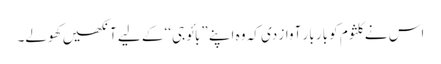
اس نے کلثوم کو بار بار آواز دی کہ وہ اپنے ”بائو جی‘‘ کے لیے آنکھیں کھولے۔